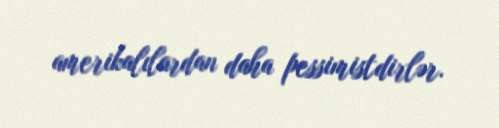
amerikalılardan daha pessimistdirlər.